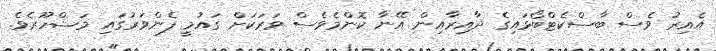
އެއިރު ވެސް ބާސްކެޓްބޯޅައިގެ ދާއިރާއިން އޭނާ ކޮންމެވެސް ވަރަކަށް ގައުމީ ފެންވަރުގައި މަޝްހޫރެވެ.